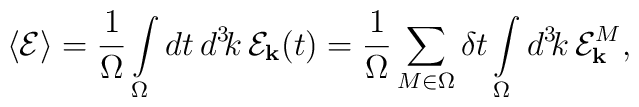
\langle{\cal E}\rangle={1\over\Omega}\int\limits_\Omega dt\, d^3\!k\,{\cal E}_{\bf k}(t)={1\over\Omega}\sum_{M\in\Omega}\delta t\int\limits_\Omega d^3\!k\,{\cal E}^M_{\bf k},